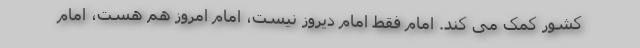
کشور کمک می کند. امام فقط امام دیروز نیست، امام امروز هم هست، امام